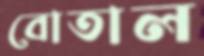
বোতাল